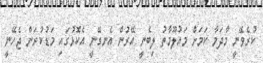
ކުރެވޭނީ މާދަމާ ކަމަށް މައުލޫމާތު ލިބެނީ އޭރުން އެނގޭނީ އެކޮޅުގައި މަޑުކުރަން ޖެހޭނީ